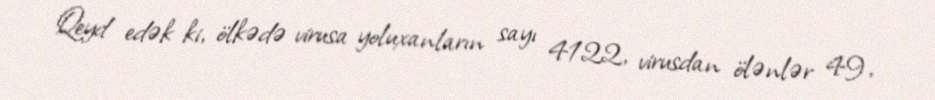
Qeyd edək ki, ölkədə virusa yoluxanların sayı 4122, virusdan ölənlər 49,